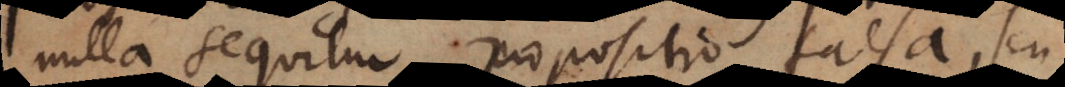
nulla sequitur propositio falsa, seu